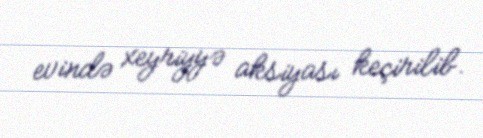
evində xeyriyyə aksiyası keçirilib.